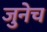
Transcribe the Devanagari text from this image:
जुनेच